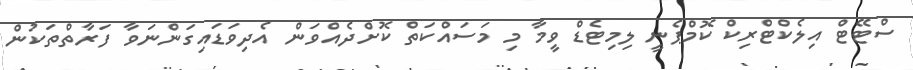
ސްޓޭޓް އިލެކްޓްރިކް ކޮމްޕެނީ ލިމިޓެޑް ވީމާ މި މަސައްކަތް ކޮށްދެއްވަން އެދިވަޑައިގަންނަވާ ފަރާތްތަކުން